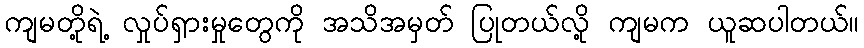
ကျမတို့ရဲ့ လှုပ်ရှားမှုတွေကို အသိအမှတ် ပြုတယ်လို့ ကျမက ယူဆပါတယ်။